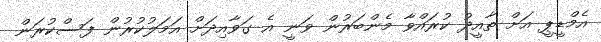
އެމްޑީޕީ އަށް ތާއީދު ކުރައްވާ މެންބަރުން ވަނީ އެ ގަވާއިދަށް އަމަލުކުރުން ފަސްކުރަން